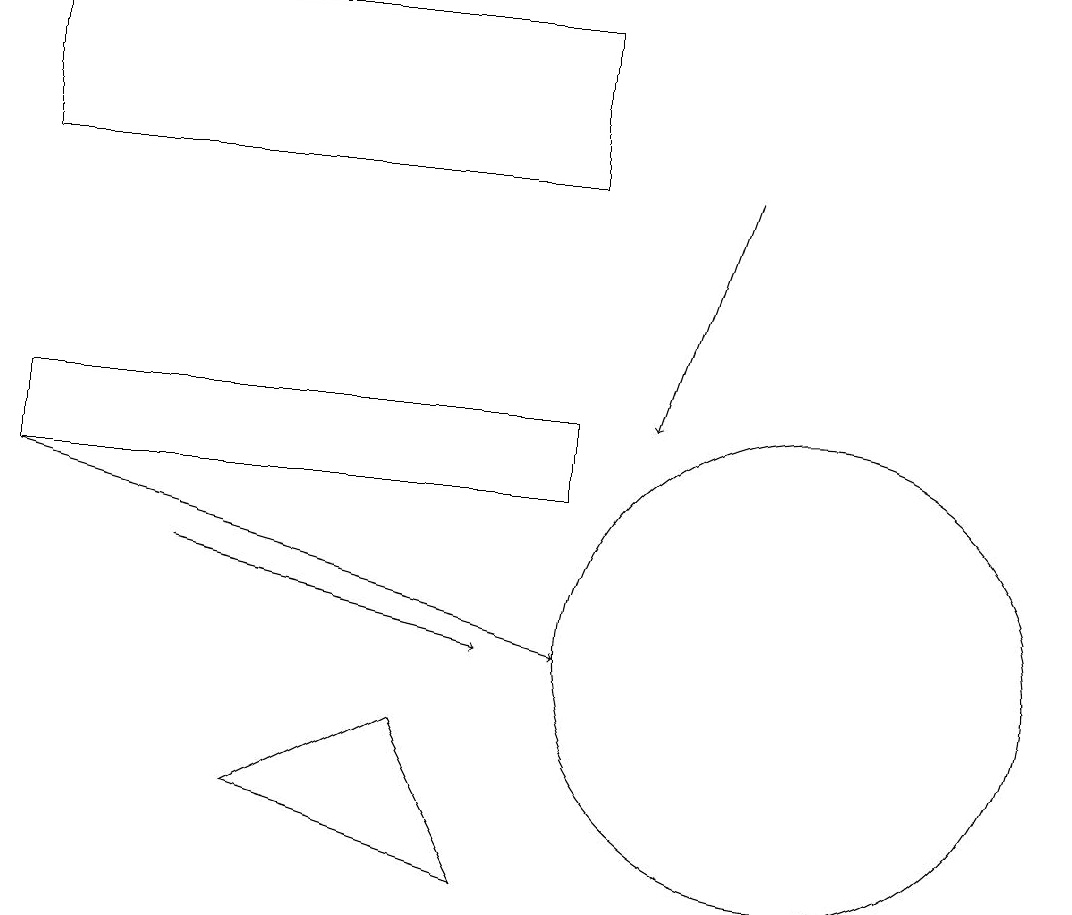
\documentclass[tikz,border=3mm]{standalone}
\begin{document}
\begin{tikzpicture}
\draw (10,10) circle (3);
\draw (0,18) rectangle (7,16);
\draw (6,7) -- (3,8) -- (5,9) -- cycle;
\draw[->] (2,11) -- (6,10);
\draw (7,13) rectangle (0,12);
\draw[->] (0,12) -- (7,10);
\draw[->] (9,16) -- (8,13);
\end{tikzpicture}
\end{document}